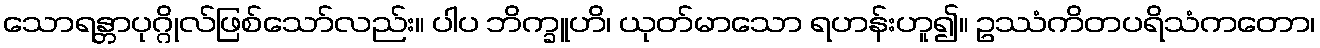
သောရန္တာပုဂ္ဂိုလ်ဖြစ်သော်လည်း။ ပါပ ဘိက္ခူဟိ၊ ယုတ်မာသော ရဟန်းဟူ၍။ ဥဿံကိတပရိသံကတော၊